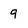
Character: q